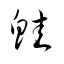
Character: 鮭